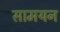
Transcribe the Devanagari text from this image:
सामयन